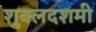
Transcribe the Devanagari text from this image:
शुक्लदशमी